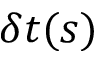
\delta t ( s )